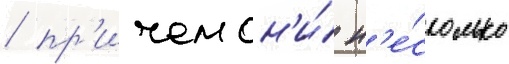
/ пр'ичем он'и́ н'е́сколько